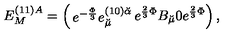
E _ { M } ^ { ( 1 1 ) A } = \left( \begin{matrix} { e ^ { - { \frac { \Phi } { 3 } } } e _ { \breve { \mu } } ^ { ( 1 0 ) \breve { \alpha } } } & { e ^ { { \frac { 2 } { 3 } } \Phi } B _ { \breve { \mu } } } \\ { 0 } & { e ^ { { \frac { 2 } { 3 } } \Phi } } \\ \end{matrix} \right) ,